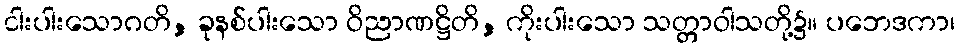
ငါးပါးသောဂတိ, ခုနစ်ပါးသော ဝိညာဏဋ္ဌိတိ, ကိုးပါးသော သတ္တာဝါသတို့၌။ ပဘေဒကာ၊